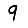
Digit: 9